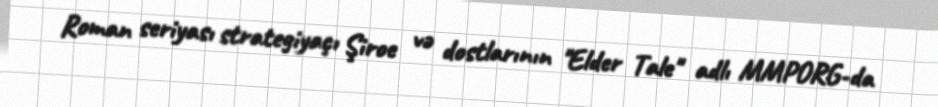
Roman seriyası strategiyaçı Şiroe və dostlarının "Elder Tale" adlı MMPORG-da